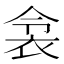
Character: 𬡌